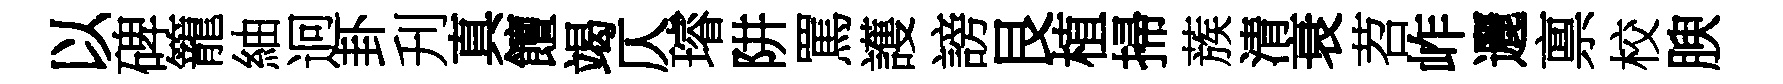
以碑籠紬迥卦刋真饘竭仄璿阱罵護謗艮植掃蔟清衰苕岞邐禀校腴